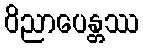
ဝိညာပေန္တဿ